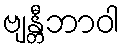
ဗျန္တီဘာဝါ